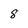
Character: 8